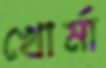
খোর্মা